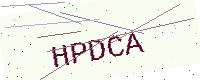
Text: HPDCA